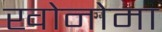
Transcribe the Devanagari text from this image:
खोनोमा